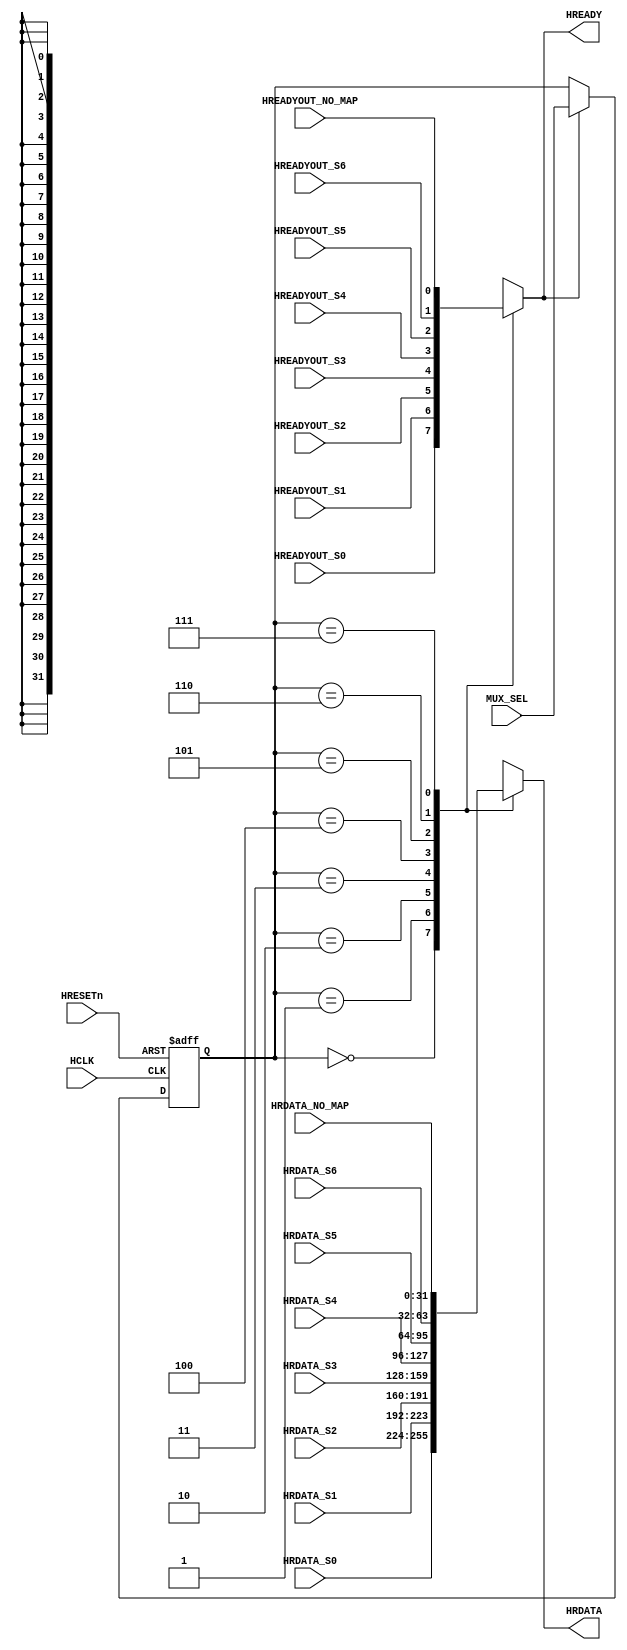
`timescale 1ns / 1ps

module AHBSYSMUX(
input wire HCLK,
input wire HRESETn,

input wire [2:0] MUX_SEL,

input wire [31:0] HRDATA_S0,        // SRAM
input wire [31:0] HRDATA_S1,        // LED
input wire [31:0] HRDATA_S2,        // UART
input wire [31:0] HRDATA_S3,        // GPIO
input wire [31:0] HRDATA_S4,        // 
input wire [31:0] HRDATA_S5,        // 
input wire [31:0] HRDATA_S6,        // 
input wire [31:0] HRDATA_NO_MAP,    // no map

input wire HREADYOUT_S0,
input wire HREADYOUT_S1,
input wire HREADYOUT_S2,
input wire HREADYOUT_S3,
input wire HREADYOUT_S4,
input wire HREADYOUT_S5,
input wire HREADYOUT_S6,
input wire HREADYOUT_NO_MAP,

output reg HREADY,
output reg [31:0] HRDATA
);
    
    reg [2:0] MUX_SEL_tmp;
    
    always @(posedge HCLK or negedge HRESETn) begin
        if(!HRESETn) begin
            MUX_SEL_tmp <= 3'b111;
        end
        else if(HREADY) begin
            MUX_SEL_tmp <= MUX_SEL;
        end
    end
    
    always @(*) begin
        case(MUX_SEL_tmp)
            3'b000 : begin
                HREADY <= HREADYOUT_S0;
                HRDATA <= HRDATA_S0;
            end
            3'b001 : begin
                HREADY <= HREADYOUT_S1;
                HRDATA <= HRDATA_S1;
            end
            3'b010 : begin
                HREADY <= HREADYOUT_S2;
                HRDATA <= HRDATA_S2;
            end
            3'b011 : begin
                HREADY <= HREADYOUT_S3;
                HRDATA <= HRDATA_S3;
            end
            3'b100 : begin
                HREADY <= HREADYOUT_S4;
                HRDATA <= HRDATA_S4;
            end
            3'b101 : begin
                HREADY <= HREADYOUT_S5;
                HRDATA <= HRDATA_S5;
            end   
            3'b110 : begin
                HREADY <= HREADYOUT_S6;
                HRDATA <= HRDATA_S6;
            end                                                      
            3'b111 : begin
                HREADY <= HREADYOUT_NO_MAP;
                HRDATA <= HRDATA_NO_MAP;
            end                                    
        endcase
    end
    
endmodule